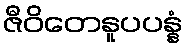
ဇီဝိတေနူပပန္နံ